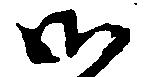
御